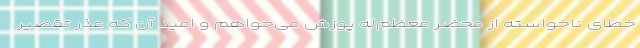
خطای ناخواسته از محضر معظم‌له پوزش می‌خواهم و امید آن که عذر تقصیر